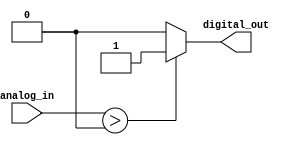
module Schmitt_trigger_inverter (
    input wire analog_in,
    output reg digital_out
);

reg prev_digital_out;

initial begin
    prev_digital_out = 1'b0;
end

always @* begin
    if (analog_in > 1'b0 && prev_digital_out == 1'b0) begin
        digital_out = 1'b1;
    end else if (analog_in < 1'b1 && prev_digital_out == 1'b1) begin
        digital_out = 1'b0;
    end else begin
        digital_out = prev_digital_out;
    end
end

endmodule